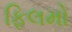
ફિલમો